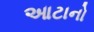
આટાનો